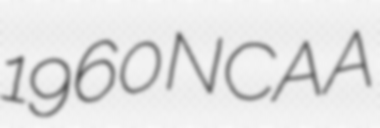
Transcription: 1960 NCAA